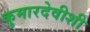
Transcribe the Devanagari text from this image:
कुमारदेवीशी